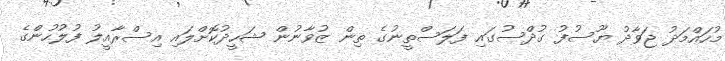
މުހައްމަދު ޖަވާދު ޔޫސުފު ގުދްސުގައި ފަލަސްތީނުގެ ތިން ޒުވާނުން ޝަހީދުކޮށްލައި އިސްރާއީލު ފުލުހުންގެ